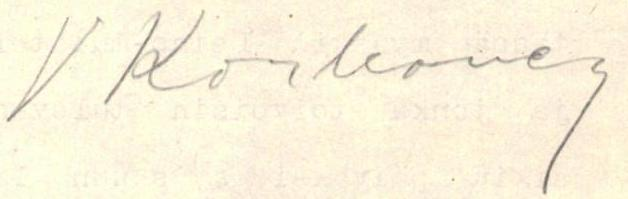
V Korhonen